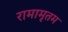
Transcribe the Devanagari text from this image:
रामामृतम